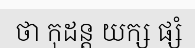
ថា កុដន្ត យក្ស ផ្សំ